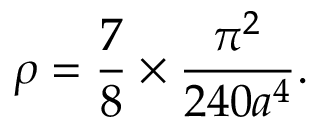
\rho = \frac { 7 } { 8 } \times \frac { \pi ^ { 2 } } { 2 4 0 a ^ { 4 } } .